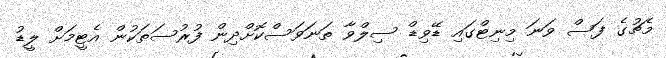
މެޗުގެ ފަސް ވަނަ މިނިޓްގައި ޑޭވިޑް ސިލްވާ ތަނަވަސްކޮށްދިން ފުރުސަތަކުން އެޓީމަށް ލީޑު